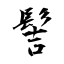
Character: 髺